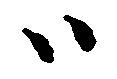
ハ